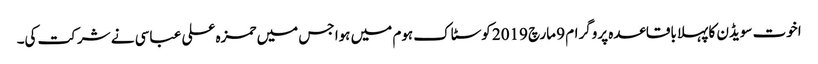
اخوت سویڈن کا پہلا باقاعدہ پروگرام 9 مارچ 2019 کوسٹاک ہوم میں ہوا جس میں حمزہ علی عباسی نے شرکت کی۔